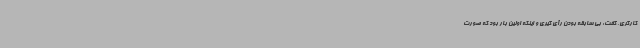
کارگری، گفت: بی سابقه بودن رأی گیری و اینکه اولین بار بود که صورت